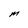
Character: M